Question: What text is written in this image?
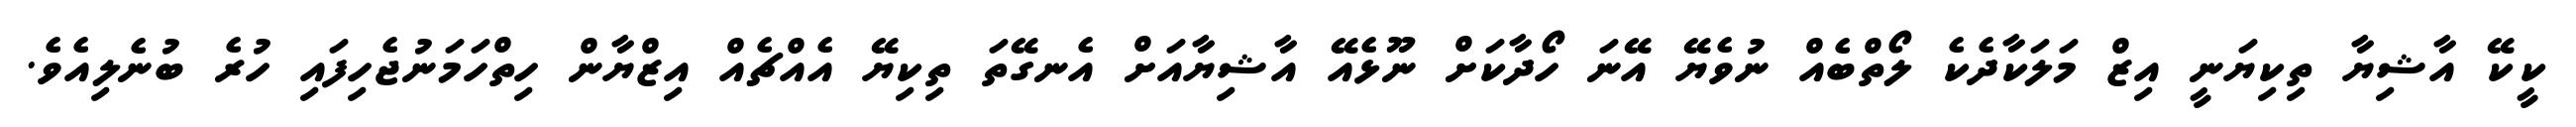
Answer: ކީކޭ އާޝިޔާ ތިކިޔަނީ އިޒް މަލަކާދެކެ ލޯތްބެއް ނުވެޔޭ އޭނަ ހޯދާކަށް ނޫޅެއޭ އާޝިޔާއަށް އެނގޭތަ ތިކިޔޭ އެއްޗެއް އިޒްޔާން ހިތްހަމަނުޖެހިފައި ހުރެ ބުނެލިއެވެ.